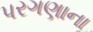
પરગણાના